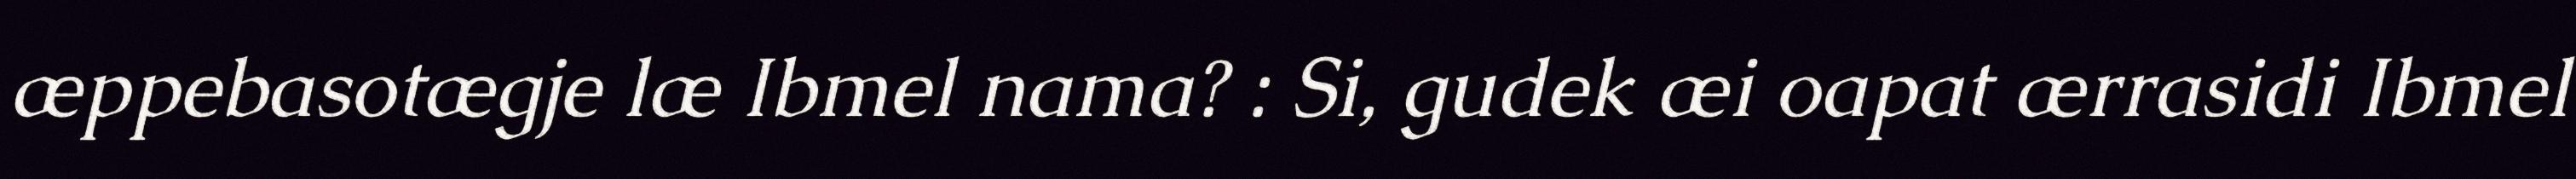
æppebasotægje læ Ibmel nama? : Si, gudek æi oapat ærrasidi Ibmel